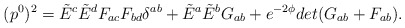
\begin{align*}(p^{0})^{2} = \tilde{E}^{c} \tilde{E}^{d} F_{a c} F_{b d} \delta^{a b} + \tilde{E}^{a} \tilde{E}^{b} G_{a b} + e^{-2\phi} det(G_{a b}+F_{a b}) . \end{align*}